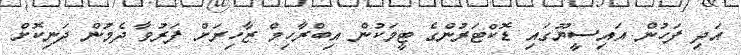
އަދި ފަހުން އައިސީޔޫގައި ޑޮކްޓަރުންގެ ޓީމަކުން އިބްރާހިމް ޒާހިރަށް ފަރުވާ ދެމުން ދަނިކޮށް